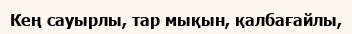
Кең сауырлы, тар мықын, қалбағайлы,